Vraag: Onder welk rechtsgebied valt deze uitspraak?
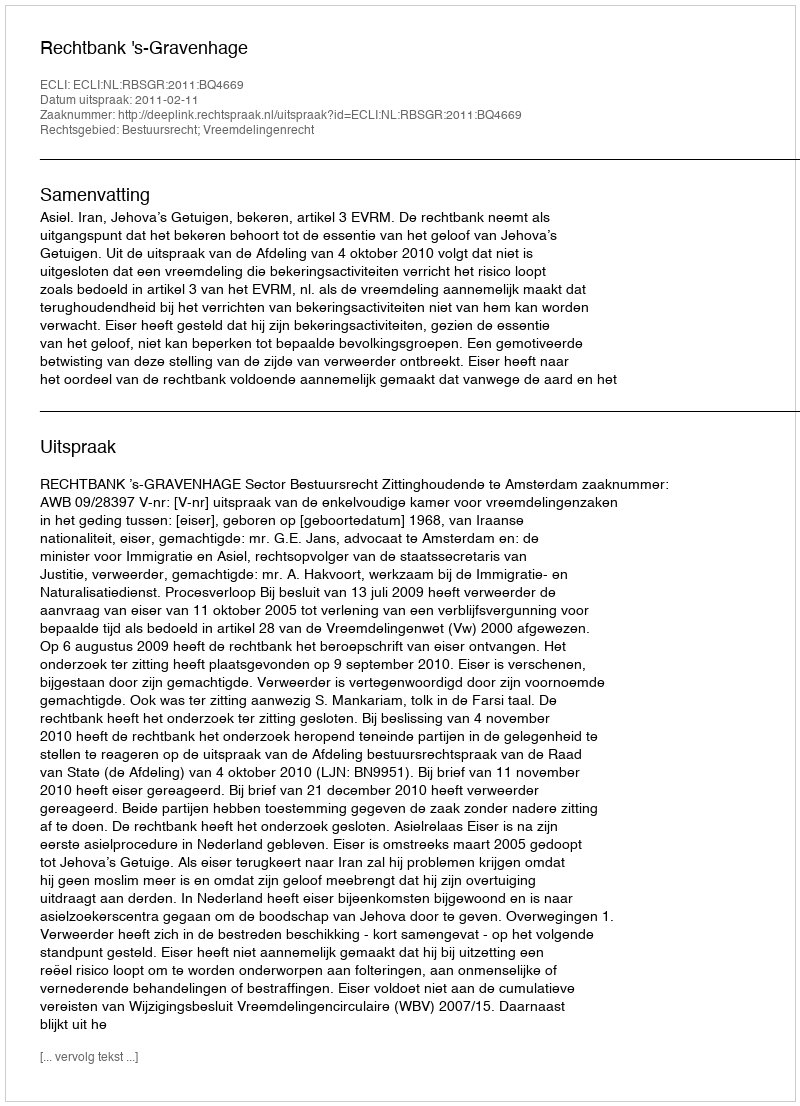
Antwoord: Bestuursrecht; Vreemdelingenrecht